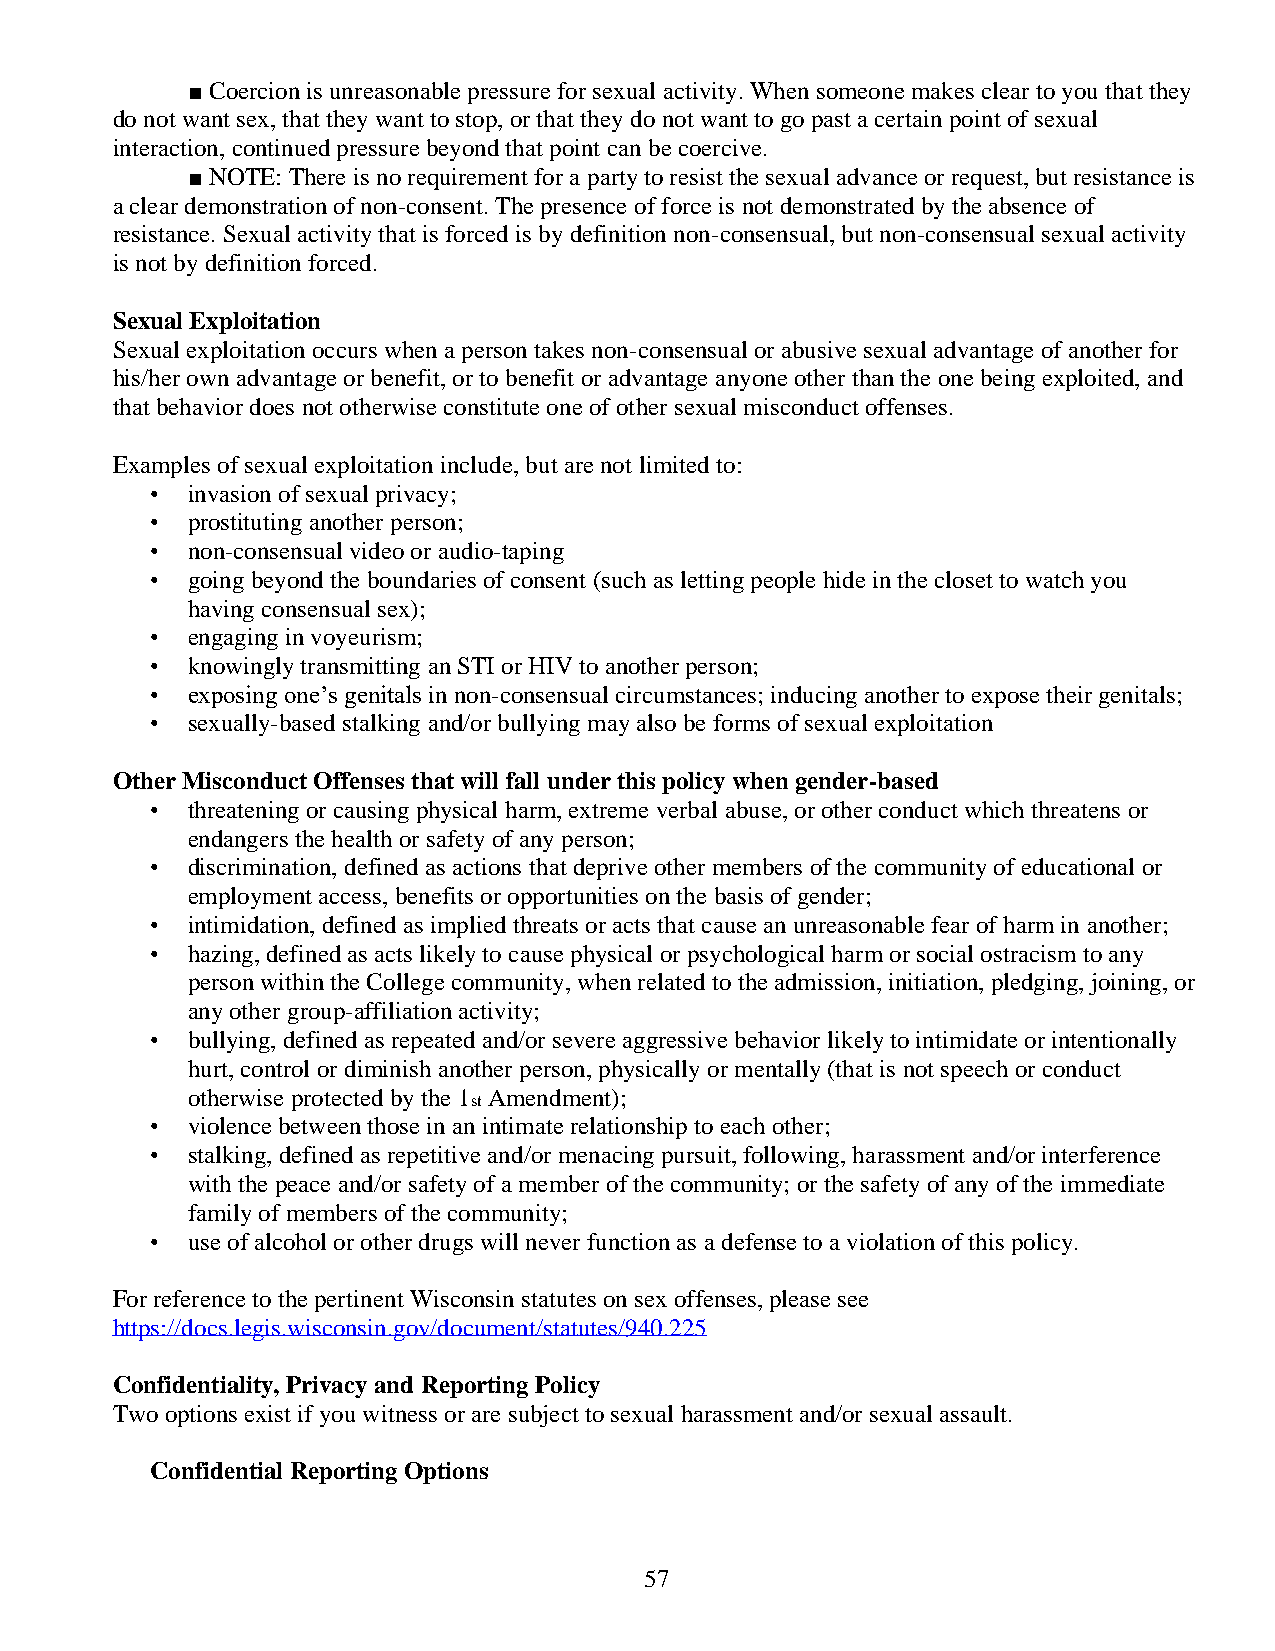
■ Coercion is unreasonable pressure for sexual activity. When someone makes clear to you that they
 do not want sex, that they want to stop, or that they do not want to go past a certain point of sexual
 interaction, continued pressure beyond that point can be coercive.
 ■ NOTE: There is no requirement for a party to resist the sexual advance or request, but resistance is
 a clear demonstration of non-consent. The presence of force is not demonstrated by the absence of
 resistance. Sexual activity that is forced is by definition non-consensual, but non-consensual sexual activity
 is not by definition forced.
 Sexual Exploitation
 Sexual exploitation occurs when a person takes non-consensual or abusive sexual advantage of another for
 his/her own advantage or benefit, or to benefit or advantage anyone other than the one being exploited, and
 that behavior does not otherwise constitute one of other sexual misconduct offenses.
 Examples of sexual exploitation include, but are not limited to:
 • invasion of sexual privacy;
 • prostituting another person;
 • non-consensual video or audio-taping
 • going beyond the boundaries of consent (such as letting people hide in the closet to watch you
 having consensual sex);
 • engaging in voyeurism;
 • knowingly transmitting an STI or HIV to another person;
 • exposing one’s genitals in non-consensual circumstances; inducing another to expose their genitals;
 • sexually-based stalking and/or bullying may also be forms of sexual exploitation
 Other Misconduct Offenses that will fall under this policy when gender-based
 • threatening or causing physical harm, extreme verbal abuse, or other conduct which threatens or
 endangers the health or safety of any person;
 • discrimination, defined as actions that deprive other members of the community of educational or
 employment access, benefits or opportunities on the basis of gender;
 • intimidation, defined as implied threats or acts that cause an unreasonable fear of harm in another;
 • hazing, defined as acts likely to cause physical or psychological harm or social ostracism to any
 person within the College community, when related to the admission, initiation, pledging, joining, or
 any other group-affiliation activity;
 • bullying, defined as repeated and/or severe aggressive behavior likely to intimidate or intentionally
 hurt, control or diminish another person, physically or mentally (that is not speech or conduct
 otherwise protected by the 1 Amendment);
 st
 • violence between those in an intimate relationship to each other;
 • stalking, defined as repetitive and/or menacing pursuit, following, harassment and/or interference
 with the peace and/or safety of a member of the community; or the safety of any of the immediate
 family of members of the community;
 • use of alcohol or other drugs will never function as a defense to a violation of this policy.
 For reference to the pertinent Wisconsin statutes on sex offenses, please see
 https://docs.legis.wisconsin.gov/document/statutes/940.225
 Confidentiality, Privacy and Reporting Policy
 Two options exist if you witness or are subject to sexual harassment and/or sexual assault.
 Confidential Reporting Options
 57